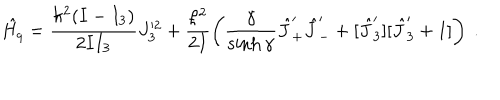
LaTeX: \hat { H _ { q } } = \frac { \hbar ^ { 2 } ( I - I _ { 3 } ) } { 2 I I _ { 3 } } J _ { 3 } ^ { \prime 2 } + \frac { \hbar ^ { 2 } } { 2 I } \left( \frac { \gamma } { \sinh \gamma } \hat { J } _ { + } ^ { \prime } \hat { J } _ { - } ^ { \prime } + [ \hat { J } _ { 3 } ^ { \prime } ] [ \hat { J } _ { 3 } ^ { \prime } + 1 ] \right) ~ .